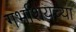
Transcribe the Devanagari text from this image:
गर्भाशयच्या